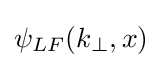
\psi _{LF}(k_{\perp },x)